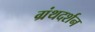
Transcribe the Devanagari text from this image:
ग्रंथदर्शन